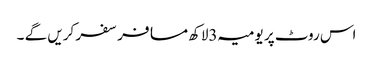
اس روٹ پر یومیہ 3لاکھ مسافر سفر کریں گے ۔